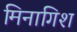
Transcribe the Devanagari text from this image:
मिनागिश